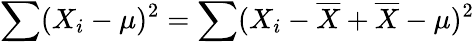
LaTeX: \sum(X_{i}-\mu)^{2}=\sum(X_{i}-{\overline{{X}}}+{\overline{{X}}}-\mu)^{2}